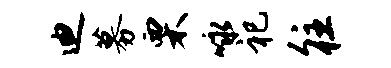
迪募栗咏祀往